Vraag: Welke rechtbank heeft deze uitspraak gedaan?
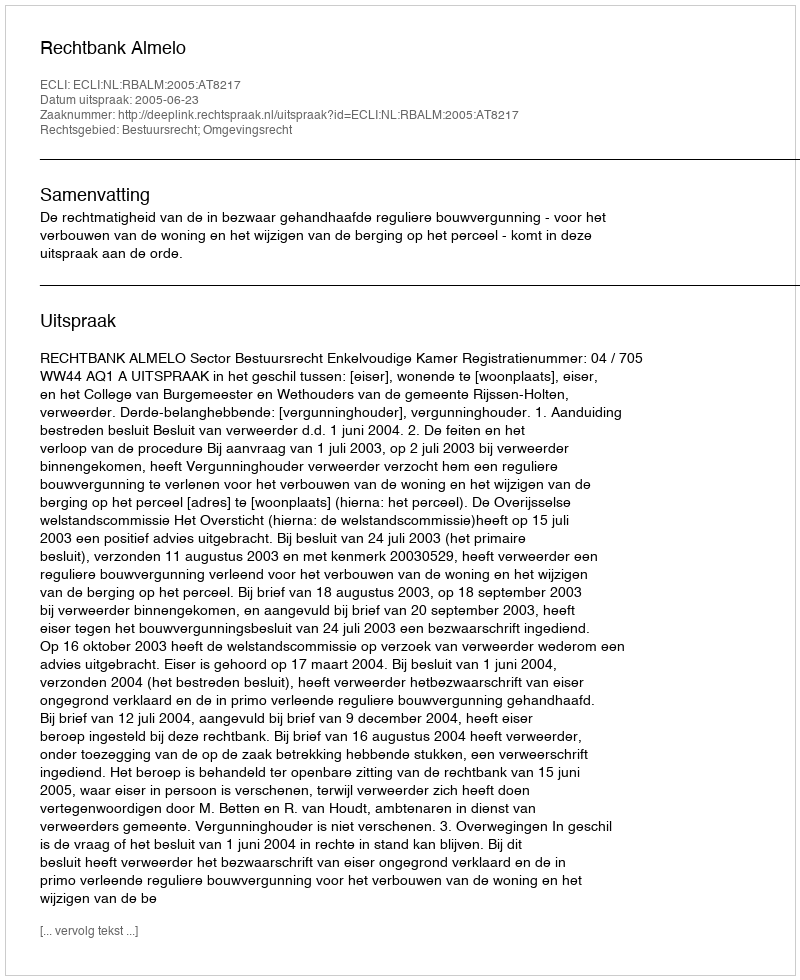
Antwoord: Rechtbank Almelo